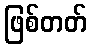
ဖြစ်တတ်